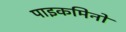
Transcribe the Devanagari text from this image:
पाइकमिनो